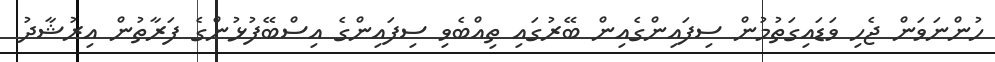
ހުންނަވަން ޖެހި ވަޑައިގަތުމުން ސިފައިންގެއިން ބޭރުގައި ތިއްބެވި ސިފައިންގެ އިސްބޭފުޅުންގެ ފަރާތުން އިރުޝާދު